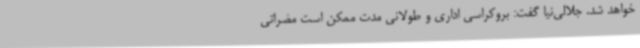
خواهد شد. جلالی‌نیا گفت: بروکراسی اداری و طولانی مدت ممکن است مضراتی